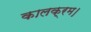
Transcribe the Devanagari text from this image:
कालक्रम।